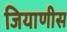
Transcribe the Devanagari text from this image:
जियाणीस